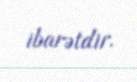
ibarətdir.